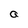
Character: a